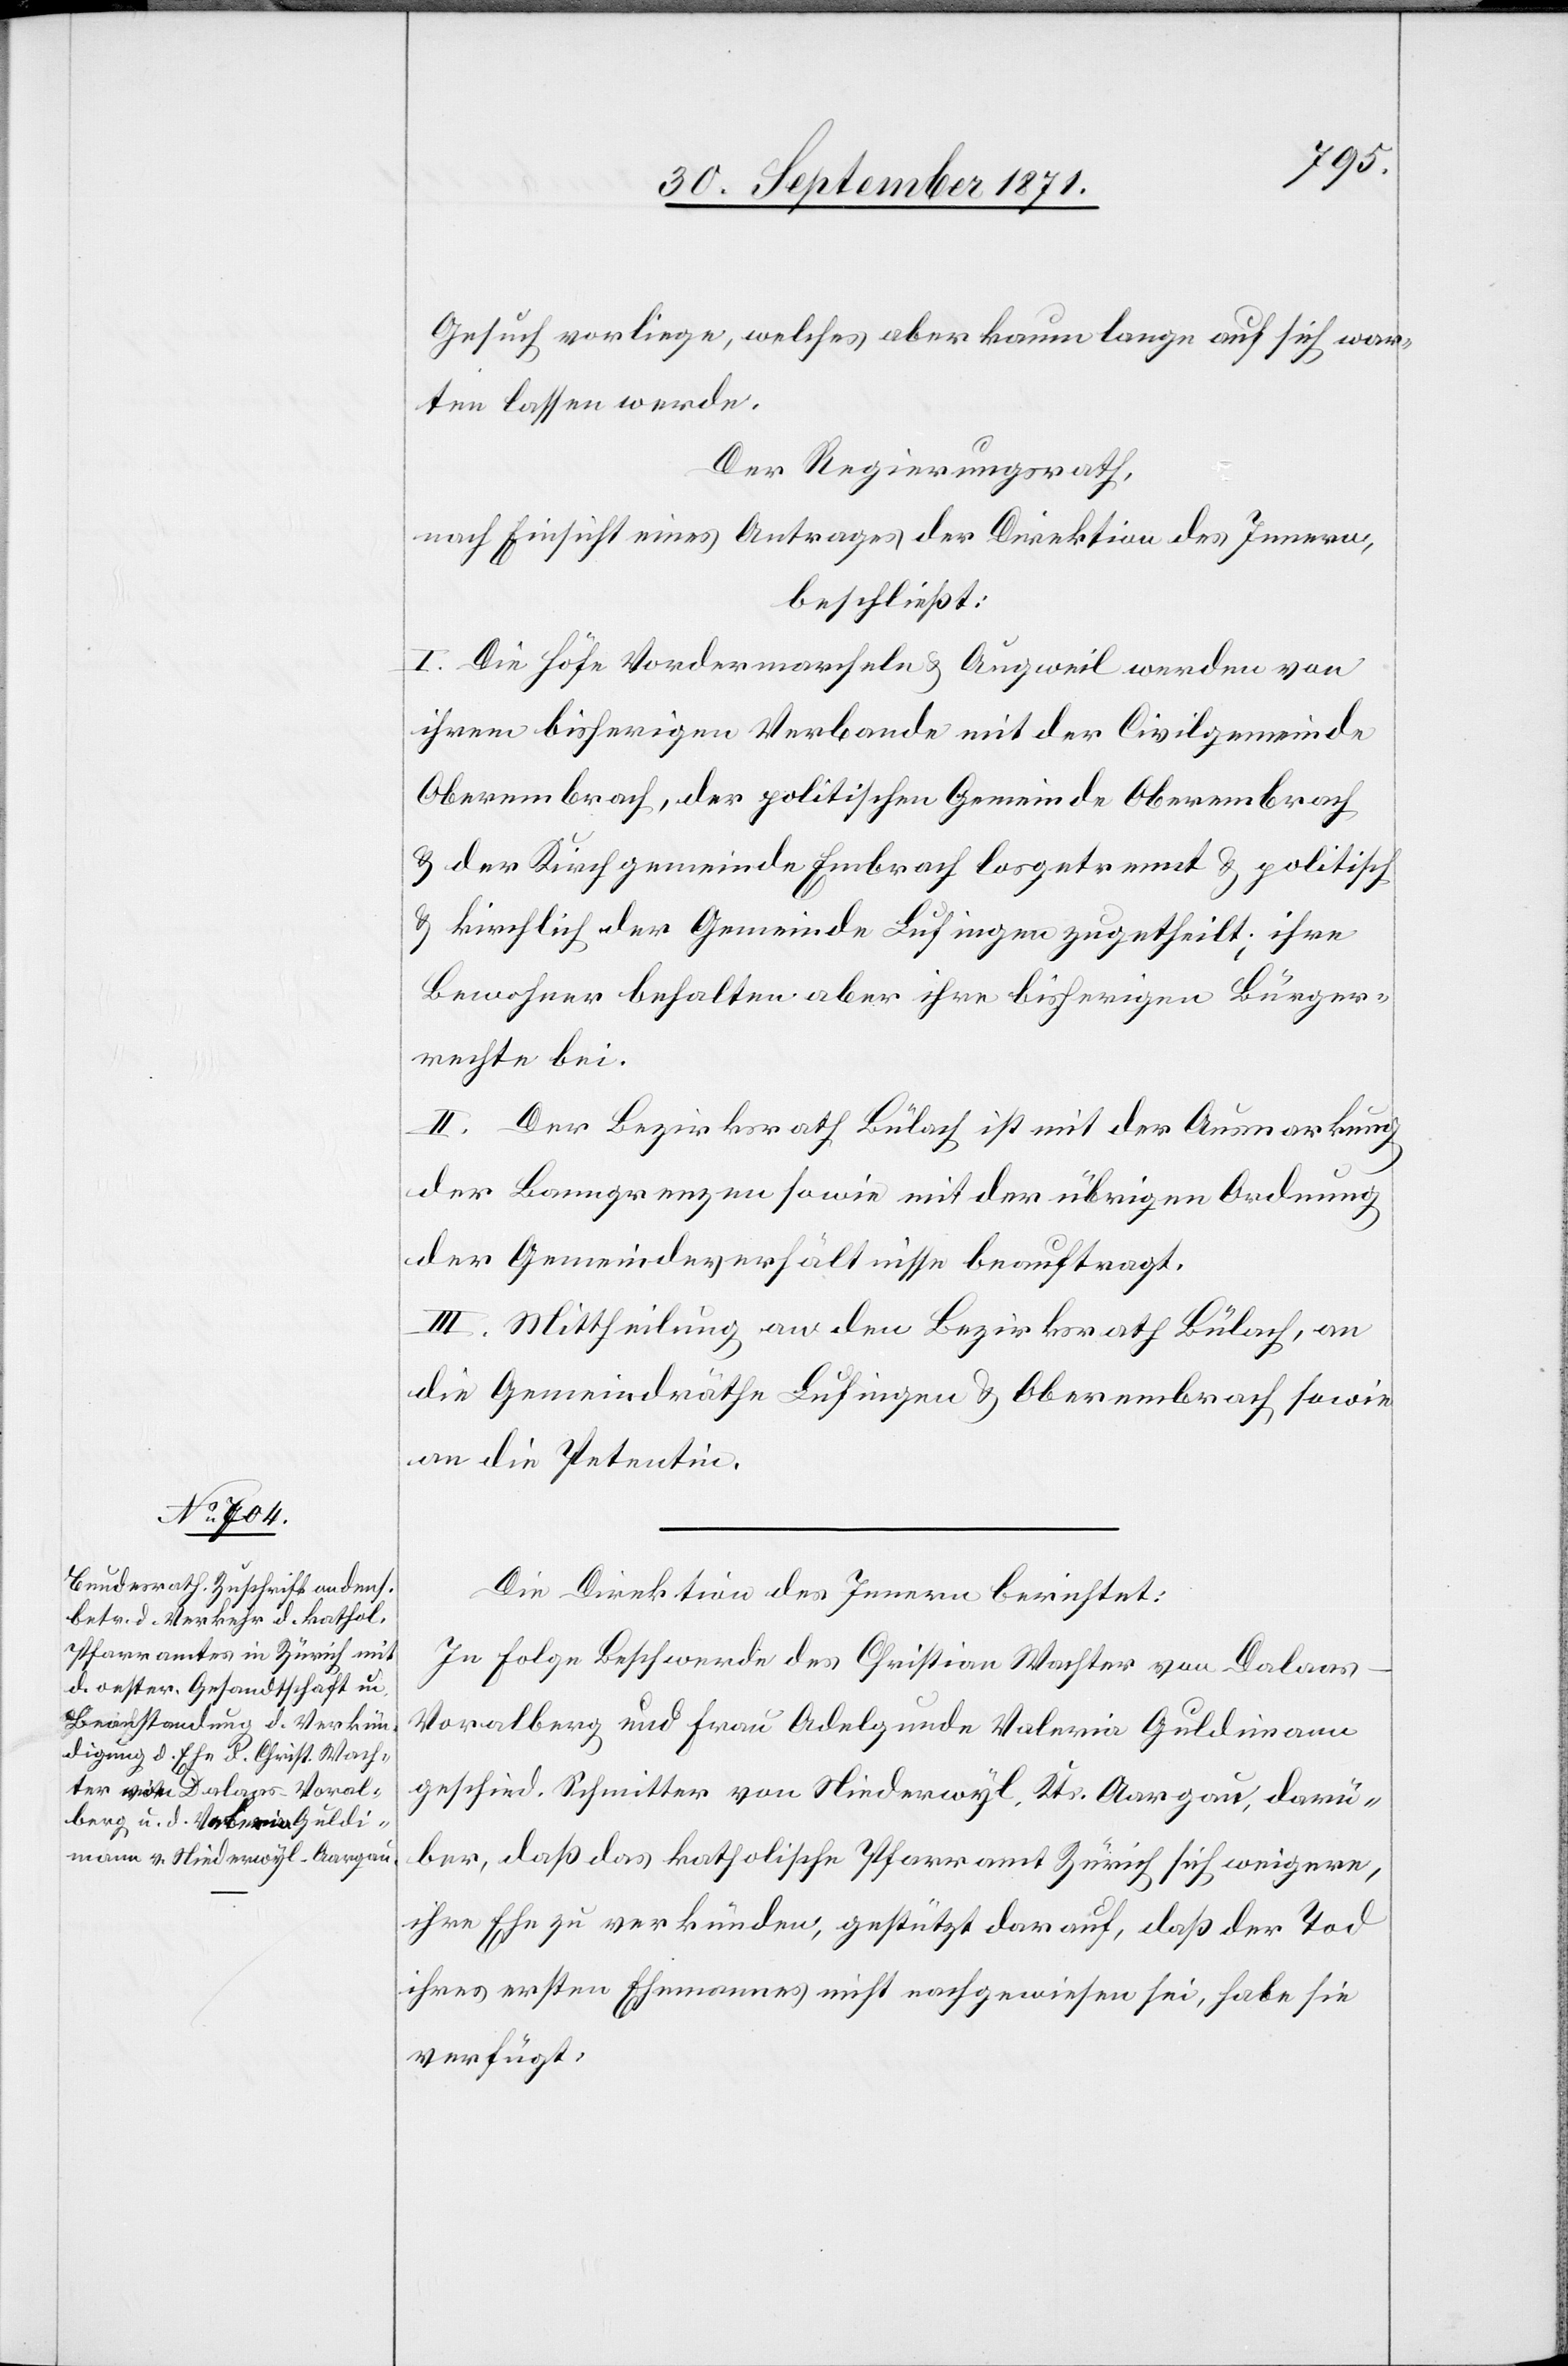
Gesuch vorliege, welches aber kaum lange auf sich war¬
ten lassen werde.
Der Regierungsrath,
nach Einsicht eines Antrages der Direktion des Innern,
beschließt:
I. Die Höfe Vordermarcheln & Augweil werden von
ihrem bisherigen Verbande mit der Civilgemeinde
Oberembrach, der politischen Gemeinde Oberembrach
& der Kirchgemeinde Embrach losgetrennt & politisch
& kirchlich der Gemeinde Lufingen zugetheilt; ihre
Bewohner behalten aber ihre bisherigen Bürger¬
rechte bei.
II. Der Bezirksrath Bülach ist mit der Ausmarkung
der Banngrenzen sowie mit der übrigen Ordnung
der Gemeindeverhältnisse beauftragt.
III. Mittheilung an den Bezirksrath Bülach, an
die Gemeindräthe Lufigen & Oberembrach, sowie
an die Petentin.
Die Direktion des Innern berichtet:
In Folge Beschwerde des Christian Wachter von Dalaas-V¬
oralberg und Frau Adelgunde Valeria Guldimann
geschied. Schmitter von Niederwyl Kt. Aargau, darü¬
ber, daß das katholische Pfarramt Zürich sich weigere,
ihre Ehe zu verkünden, gestützt darauf, daß der Tod
ihres ersten Ehemannes nicht nachgewiesen sei, habe sie
verfügt: